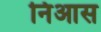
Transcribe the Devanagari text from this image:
निआस